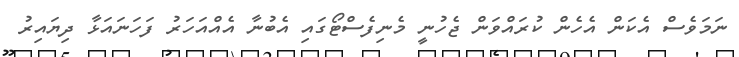
ނަމަވެސް އެކަން އެހެން ކުރައްވަން ޖެހުނީ މެނިފެސްޓޯގައި އެބުނާ އެއްއަހަރު ފަހަނައަޅާ ދިޔައިރު